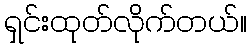
ရှင်းထုတ်လိုက်တယ်။